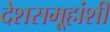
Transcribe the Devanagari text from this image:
देशसमू्हांशी